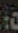
: